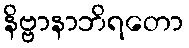
နိဗ္ဗာနာဘိရတော